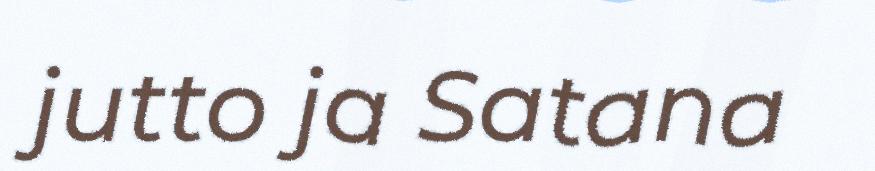
jutto ja Satana